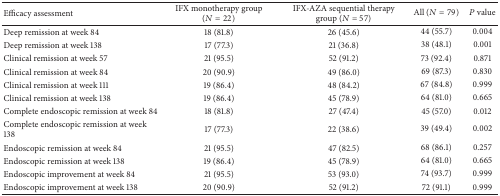
| Efficacy assessment | IFX monotherapy group (N = 22) | IFX-AZA sequential therapy group (N = 57) | All (N = 79) | P value |
 | --- | --- | --- | --- | --- |
 | Deep remission at week 84 | 18 (81.8) | 26 (45.6) | 44 (55.7) | 0.004 |
 | Deep remission at week 138 | 17 (77.3) | 21 (36.8) | 38 (48.1) | 0.001 |
 | Clinical remission at week 57 | 21 (95.5) | 52 (91.2) | 73 (92.4) | 0.871 |
 | Clinical remission at week 84 | 20 (90.9) | 49 (86.0) | 69 (87.3) | 0.830 |
 | Clinical remission at week 111 | 19 (86.4) | 48 (84.2) | 67 (84.8) | 0.999 |
 | Clinical remission at week 138 | 19 (86.4) | 45 (78.9) | 64 (81.0) | 0.665 |
 | Complete endoscopic remission at week 84 | 18 (81.8) | 27 (47.4) | 45 (57.0) | 0.012 |
 | Complete endoscopic remission at week 138 | 17 (77.3) | 22 (38.6) | 39 (49.4) | 0.002 |
 | Endoscopic remission at week 84 | 21 (95.5) | 47 (82.5) | 68 (86.1) | 0.257 |
 | Endoscopic remission at week 138 | 19 (86.4) | 45 (78.9) | 64 (81.0) | 0.665 |
 | Endoscopic improvement at week 84 | 21 (95.5) | 53 (93.0) | 74 (93.7) | 0.999 |
 | Endoscopic improvement at week 138 | 20 (90.9) | 52 (91.2) | 72 (91.1) | 0.999 |